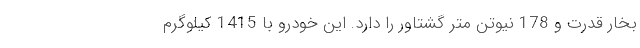
بخار قدرت و 178 نیوتن متر گشتاور را دارد. این خودرو با 1415 کیلوگرم